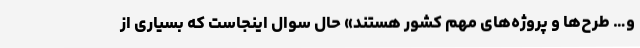
و… طرح‌ها و پروژه‌های مهم کشور هستند» حال سوال اینجاست که بسیاری از